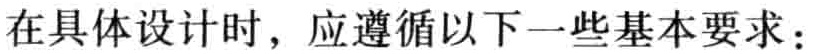
在具体设计时，应遵循以下一些基本要求：